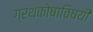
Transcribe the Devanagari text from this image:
ग्रंथकोषाविषयी